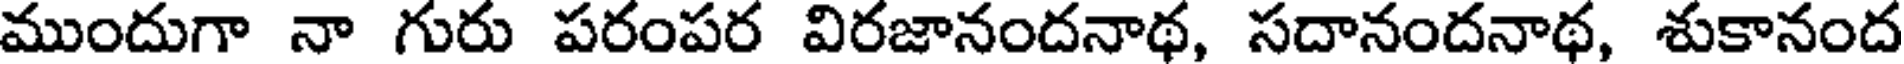
ముందుగా నా గురు పరంపర విరజానందనాథ, సదానందనాథ, శుకానంద